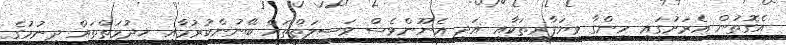
އެގޮތުން އެރަށުގައި ހިންގާ ވިޔަފާރިތަކާއި އަދި އެނޫންވެސް ވަސީލަތްތައް ބޭނުންކުރުމާއި ޚިދުމަތްތައް ދިނުމުގެ